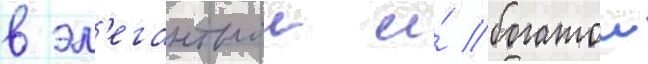
в эл'егантнои и́ богатои